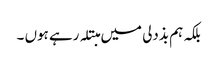
بلکہ ہم بذدلی میں مبتلہ رہے ہوں ۔